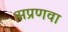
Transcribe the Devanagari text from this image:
सप्रणवा